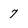
Character: 7